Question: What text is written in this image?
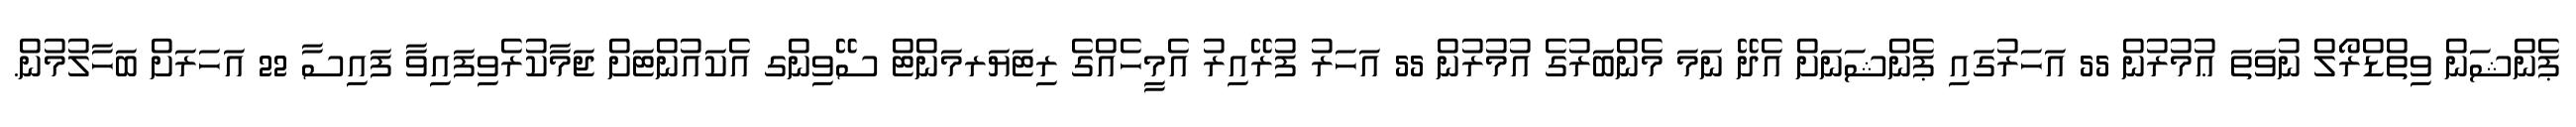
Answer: ޕެންޝަން ވިތްޑްރޯލް ނުވަތަ ޢުމުރުން 55 އަހަރުގައި ޕެންޝަނަށް އެދޭ ނަމަ މެންބަރުގެ އުމުރުން 55 އަހަރު ފުރޭއިރު އެމީހެއްގެ ރިޓަޔަރމަންޓް ސޭވިންގ އެކައުންޓަށް ޖަމާކުރެވިފައިވާ ފައިސާ 22 އަހަރަށް ބަހާލުމުން.